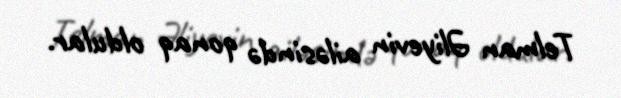
Telman Əliyevin ailəsində qonaq oldular.